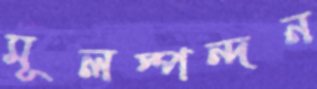
মূলস্পন্দন